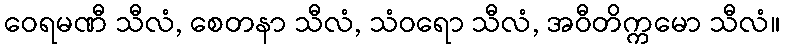
ဝေရမဏီ သီလံ, စေတနာ သီလံ, သံဝရော သီလံ, အဝီတိက္ကမော သီလံ။